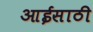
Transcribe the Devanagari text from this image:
आईसाठी